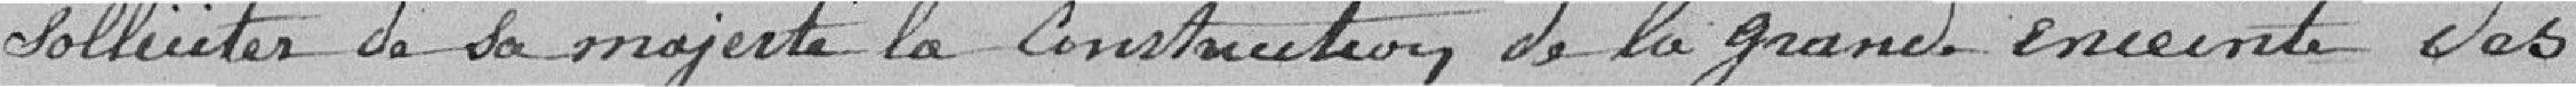
solliciter de sa Majesté, la construction de la grande enceinte des